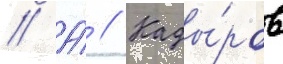
// А́ // Кады́ров